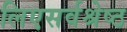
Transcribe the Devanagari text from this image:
लिएसर्वश्रेष्ठ